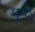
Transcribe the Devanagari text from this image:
पृष्ठै